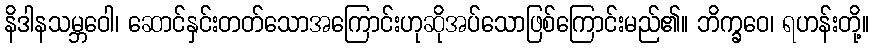
နိဒါနသမ္ဘဝေါ၊ ဆောင်နှင်းတတ်သောအကြောင်းဟုဆိုအပ်သောဖြစ်ကြောင်းမည်၏။ ဘိက္ခဝေ၊ ရဟန်းတို့။